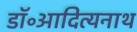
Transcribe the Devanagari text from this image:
डॉ॰आदित्यनाथ